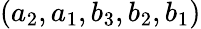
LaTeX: (a_{2},a_{1},b_{3},b_{2},b_{1})